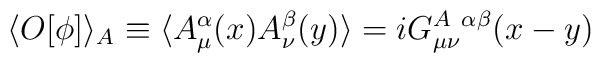
\langle O[\phi]\rangle_A\equiv\langle A^\alpha_\mu(x) A^\beta_\nu(y)\rangle=iG^{A\ \alpha\beta}_{\mu\nu}(x-y)